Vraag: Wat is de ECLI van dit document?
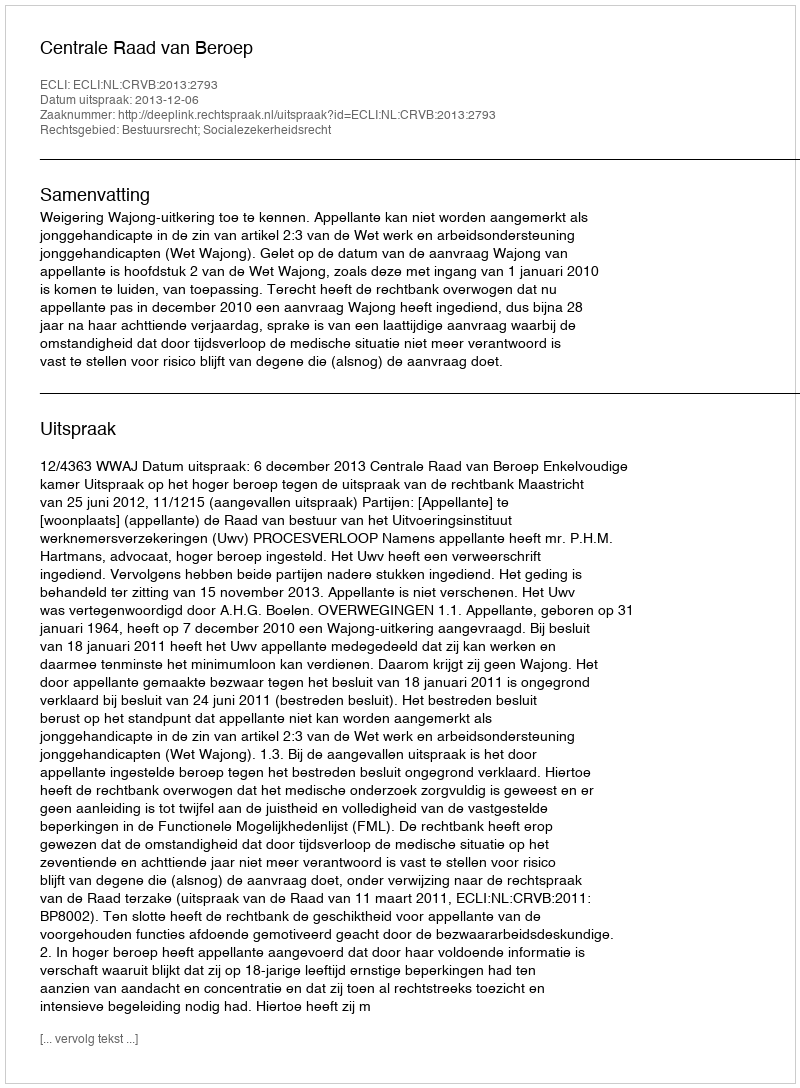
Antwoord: ECLI:NL:CRVB:2013:2793